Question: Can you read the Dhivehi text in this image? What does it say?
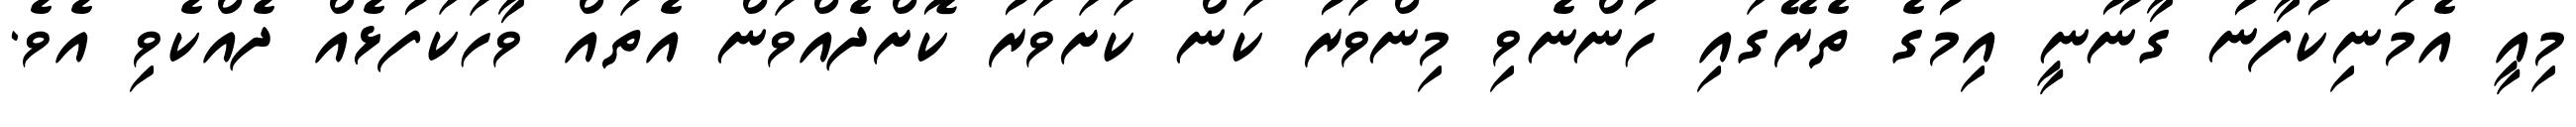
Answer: މިއީ އެމަނިކުފާނު ގާނޫނީ އިމުގެ ތެރޭގައި ހުންނެވި މިންވަރު ކަން ކަށަވަރު ކޮށްދެއްވަން އެތައް ވާހަކަފުޅެއް ދެއްކެވި އެވެ.